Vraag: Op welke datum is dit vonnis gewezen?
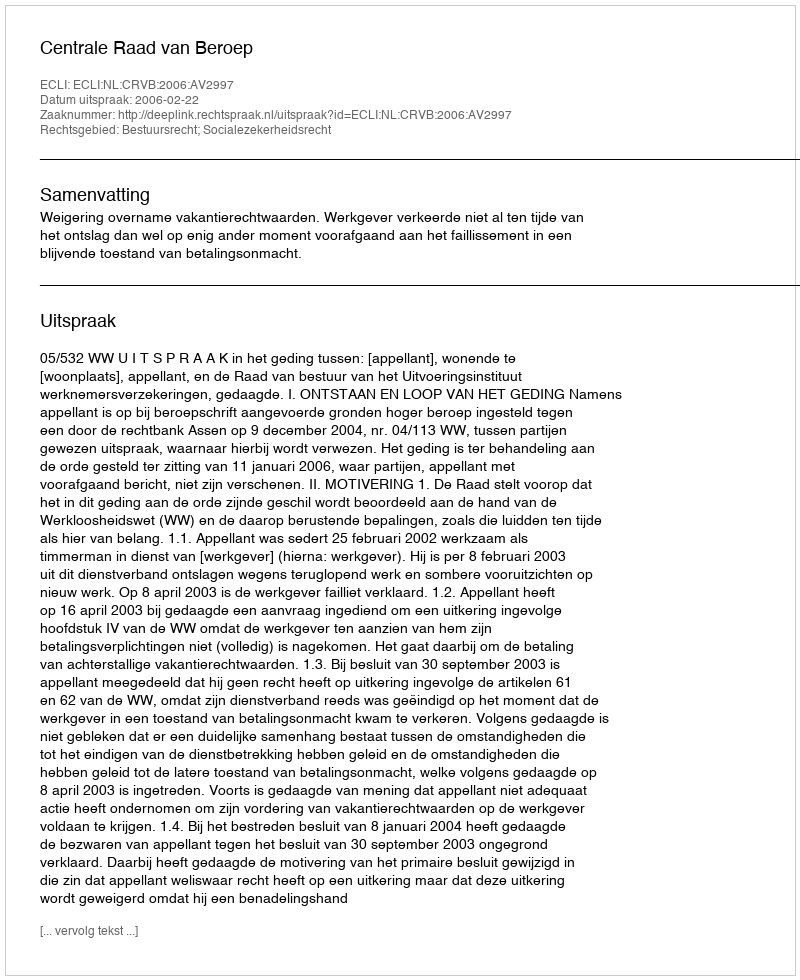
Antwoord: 2006-02-22